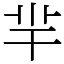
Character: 羋